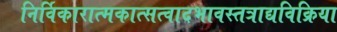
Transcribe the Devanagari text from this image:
निर्विकारात्मकात्सत्वादभावस्तत्राद्यविक्रिया